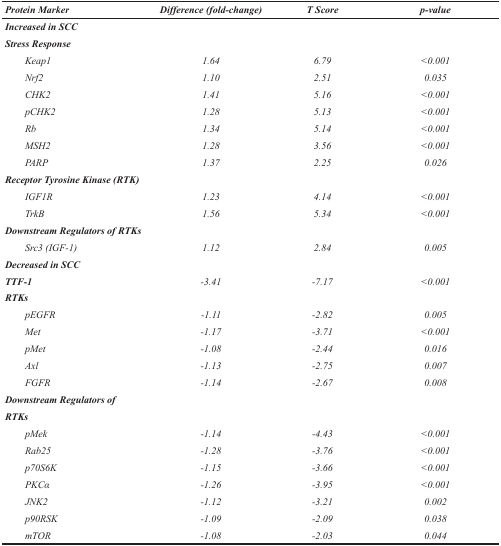
<table><thead><tr><td><b><i>Protein Marker</i></b></td><td><b><i>Difference (fold-change)</i></b></td><td><b><i>T Score</i></b></td><td><b><i>p-value</i></b></td></tr></thead><tbody><tr><td><b><i>Increased in SCC</i></b></td><td></td><td></td><td></td></tr><tr><td><b><i>Stress Response</i></b></td><td></td><td></td><td></td></tr><tr><td><i>Keap1</i></td><td><i>1.64</i></td><td><i>6.79</i></td><td><i>&lt;0.001</i></td></tr><tr><td><i>Nrf2</i></td><td><i>1.10</i></td><td><i>2.51</i></td><td><i>0.035</i></td></tr><tr><td><i>CHK2</i></td><td><i>1.41</i></td><td><i>5.16</i></td><td><i>&lt;0.001</i></td></tr><tr><td><i>pCHK2</i></td><td><i>1.28</i></td><td><i>5.13</i></td><td><i>&lt;0.001</i></td></tr><tr><td><i>Rb</i></td><td><i>1.34</i></td><td><i>5.14</i></td><td><i>&lt;0.001</i></td></tr><tr><td><i>MSH2</i></td><td><i>1.28</i></td><td><i>3.56</i></td><td><i>&lt;0.001</i></td></tr><tr><td><i>PARP</i></td><td><i>1.37</i></td><td><i>2.25</i></td><td><i>0.026</i></td></tr><tr><td><b><i>Receptor Tyrosine Kinase (RTK)</i></b></td><td></td><td></td><td></td></tr><tr><td><i>IGF1R</i></td><td><i>1.23</i></td><td><i>4.14</i></td><td><i>&lt;0.001</i></td></tr><tr><td><i>TrkB</i></td><td><i>1.56</i></td><td><i>5.34</i></td><td><i>&lt;0.001</i></td></tr><tr><td><b><i>Downstream Regulators of RTKs</i></b></td><td></td><td></td><td></td></tr><tr><td><i>Src3 (IGF-1)</i></td><td><i>1.12</i></td><td><i>2.84</i></td><td><i>0.005</i></td></tr><tr><td><b><i>Decreased in SCC</i></b></td><td></td><td></td><td></td></tr><tr><td><b><i>TTF-1</i></b></td><td><i>-3.41</i></td><td><i>-7.17</i></td><td><i>&lt;0.001</i></td></tr><tr><td><b><i>RTKs</i></b></td><td></td><td></td><td></td></tr><tr><td><i>pEGFR</i></td><td><i>-1.11</i></td><td><i>-2.82</i></td><td><i>0.005</i></td></tr><tr><td><i>Met</i></td><td><i>-1.17</i></td><td><i>-3.71</i></td><td><i>&lt;0.001</i></td></tr><tr><td><i>pMet</i></td><td><i>-1.08</i></td><td><i>-2.44</i></td><td><i>0.016</i></td></tr><tr><td><i>Axl</i></td><td><i>-1.13</i></td><td><i>-2.75</i></td><td><i>0.007</i></td></tr><tr><td><i>FGFR</i></td><td><i>-1.14</i></td><td><i>-2.67</i></td><td><i>0.008</i></td></tr><tr><td><b><i>Downstream Regulators of</i></b></td><td></td><td></td><td></td></tr><tr><td><b><i>RTKs</i></b></td><td></td><td></td><td></td></tr><tr><td><i>pMek</i></td><td><i>-1.14</i></td><td><i>-4.43</i></td><td><i>&lt;0.001</i></td></tr><tr><td><i>Rab25</i></td><td><i>-1.28</i></td><td><i>-3.76</i></td><td><i>&lt;0.001</i></td></tr><tr><td><i>p70S6K</i></td><td><i>-1.15</i></td><td><i>-3.66</i></td><td><i>&lt;0.001</i></td></tr><tr><td><i>PKCα</i></td><td><i>-1.26</i></td><td><i>-3.95</i></td><td><i>&lt;0.001</i></td></tr><tr><td><i>JNK2</i></td><td><i>-1.12</i></td><td><i>-3.21</i></td><td><i>0.002</i></td></tr><tr><td><i>p90RSK</i></td><td><i>-1.09</i></td><td><i>-2.09</i></td><td><i>0.038</i></td></tr><tr><td><i>mTOR</i></td><td><i>-1.08</i></td><td><i>-2.03</i></td><td><i>0.044</i></td></tr></tbody></table>